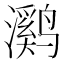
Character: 㶉